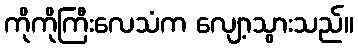
ကိုကိုကြီးလေသံက လျော့သွားသည်။